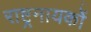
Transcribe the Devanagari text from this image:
राष्ट्रनायकों